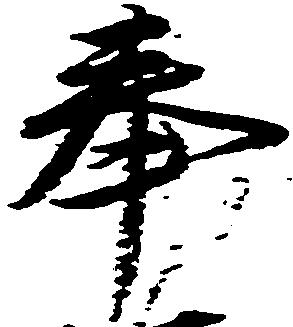
奉